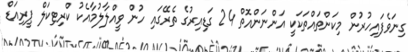
ގިނަވެފައިހުރުން މިކަންތައްތަކަކީ އަންނަންއޮތް 24 ގަޑިއިރުގެ ތެރޭގައި ހުން ވީއްލާލުމާއެކު ކްރިޓިކަލް ޕީރިއަޑް